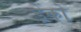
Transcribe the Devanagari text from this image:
ड़ेंको